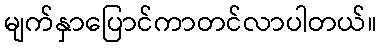
မျက်နှာပြောင်ကာတင်လာပါတယ်။